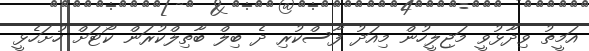
އަމީތު ވިދާޅުވީ މަޖިލީހުން މިއަދު ފާސްކުރި ދެ ބިލް ބާތިލްކުރަން ކޯޓަށް ހުށަހެޅީ